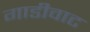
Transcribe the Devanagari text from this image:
गाडीवाट